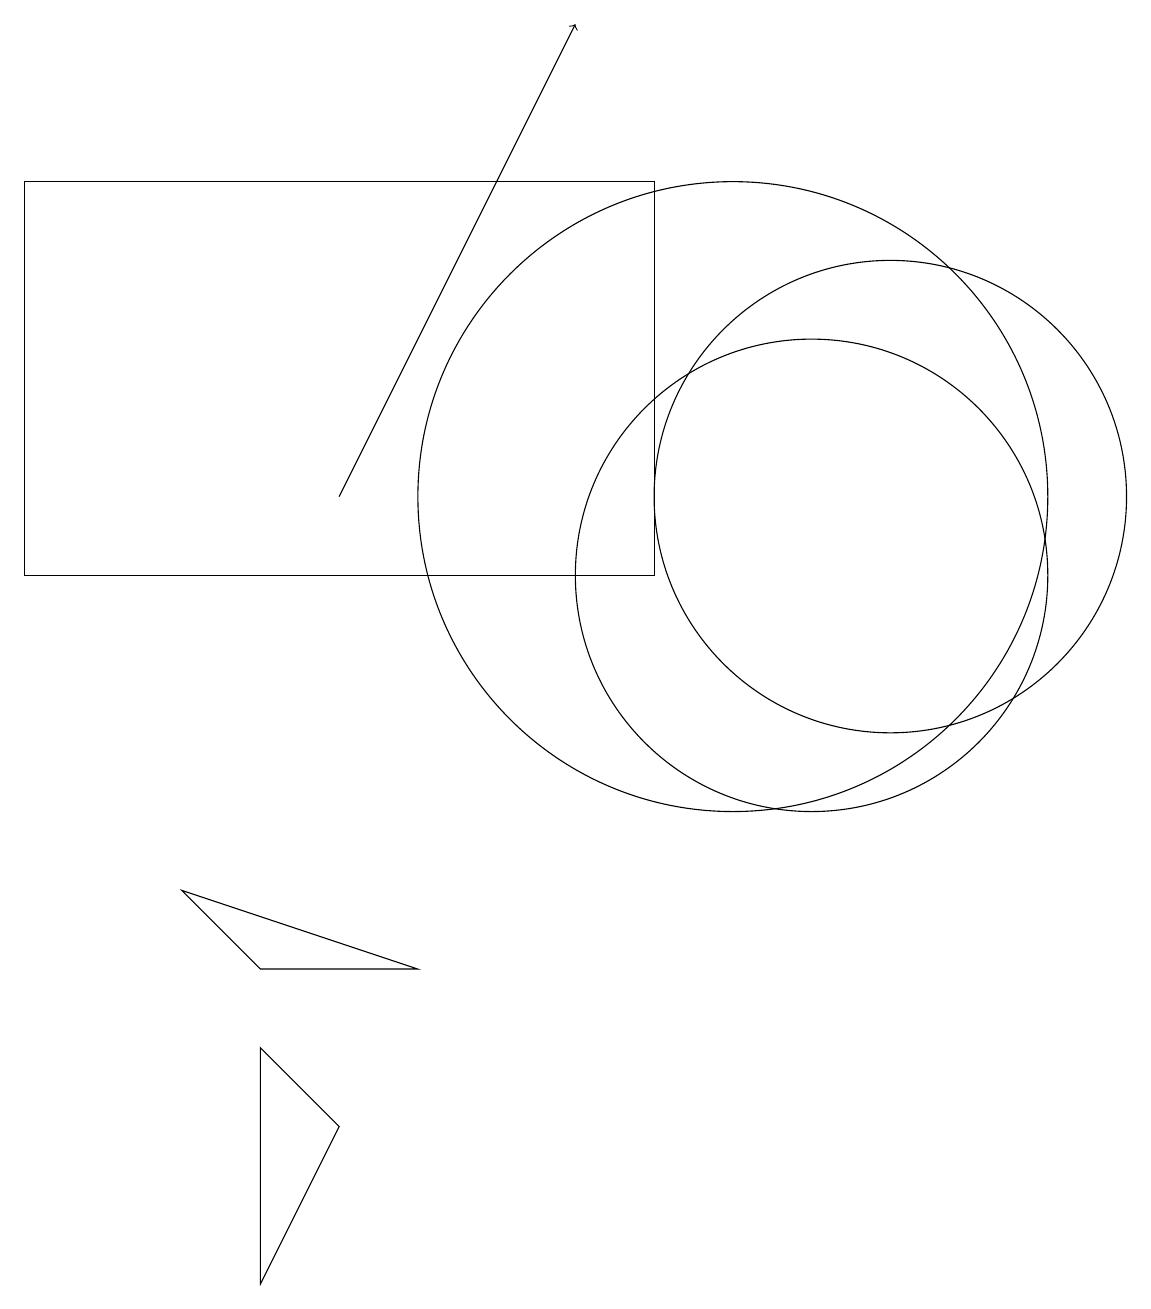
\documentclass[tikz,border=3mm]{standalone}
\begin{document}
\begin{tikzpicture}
\draw (9,10) rectangle (1,15);
\draw[->] (5,11) -- (8,17);
\draw (6,5) -- (3,6) -- (4,5) -- cycle;
\draw (12,11) circle (3);
\draw (4,4) -- (5,3) -- (4,1) -- cycle;
\draw (10,11) circle (4);
\draw (11,10) circle (3);
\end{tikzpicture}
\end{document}